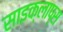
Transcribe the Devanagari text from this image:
साइक्लाप्स